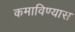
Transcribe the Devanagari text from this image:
कमाविण्यास